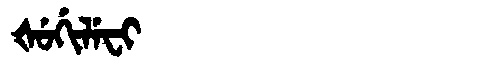
Manchu: ᡧᡠᡤᡳᠯᡝᠸᡳ
Romanization: ŠUGILEFI